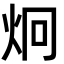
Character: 炯